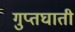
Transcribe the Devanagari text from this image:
गुप्तघाती